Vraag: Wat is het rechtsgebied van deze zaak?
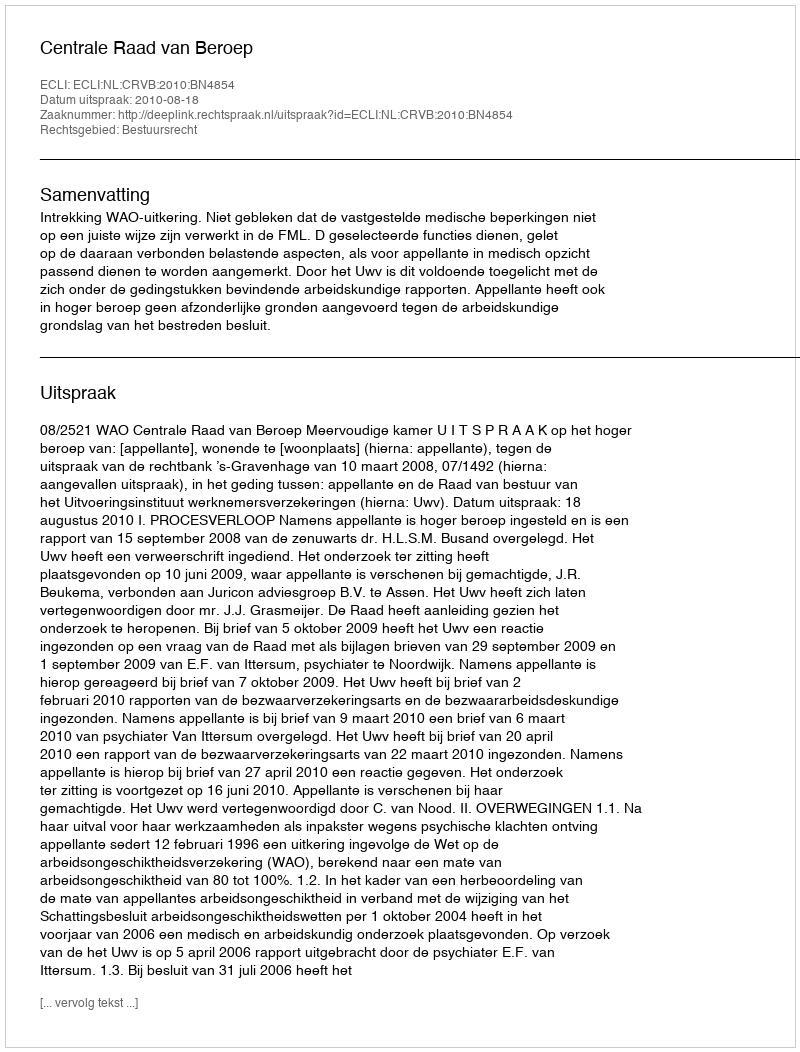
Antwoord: Bestuursrecht